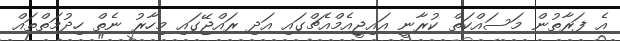
އެ ފަރާތުން މަސައްކަތް ކުރާނީ އައިޖީއެމްއެޗްގައި އަދި ރައްޖޭގައި މިހާރު ނެތް ހިދުމަތްތައް